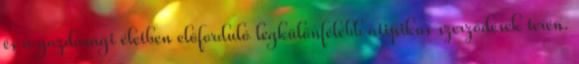
és a gazdasági életben előforduló legkülönfélébb atipikus szerződések terén.